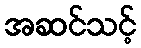
အဆင်သင့်